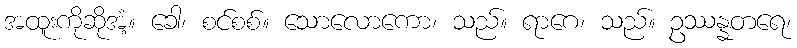
အထူးကိုဆိုအံ့။ ခေါ၊ စင်စစ်။ သောလောကော၊ သည်။ ရာဂေ၊ သည်။ ဥဿန္နတရေ၊